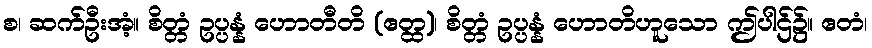
စ၊ ဆက်ဦးအံ့။ စိတ္တံ ဥပ္ပန္နံ ဟောတီတိ (ဧတ္ထ)၊ စိတ္တံ ဥပ္ပန္နံ ဟောတိဟူသော ဤပါဌ်၌။ ဧတံ၊